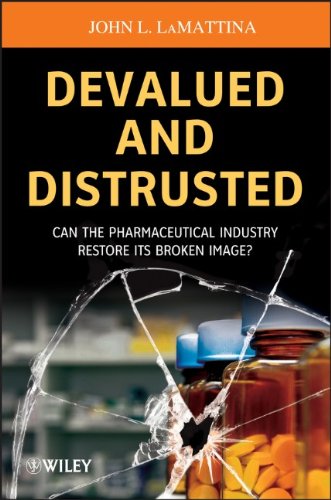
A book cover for Devalued and Distrusted: Can the Pharmaceutical Industry Restore its Broken Image; John L. LaMattina; Medical Books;